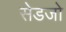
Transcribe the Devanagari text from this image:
सेडजो